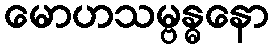
မောဟသမ္ဗန္ဓနော